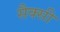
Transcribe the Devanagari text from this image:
सैक्सी